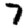
Digit: 7